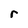
Character: r